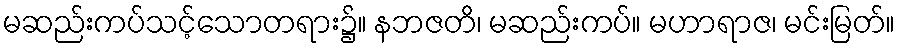
မဆည်းကပ်သင့်သောတရား၌။ နဘဇတိ၊ မဆည်းကပ်။ မဟာရာဇ၊ မင်းမြတ်။